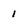
Character: 1